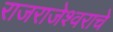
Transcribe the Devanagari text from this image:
राजराजेश्वराचे